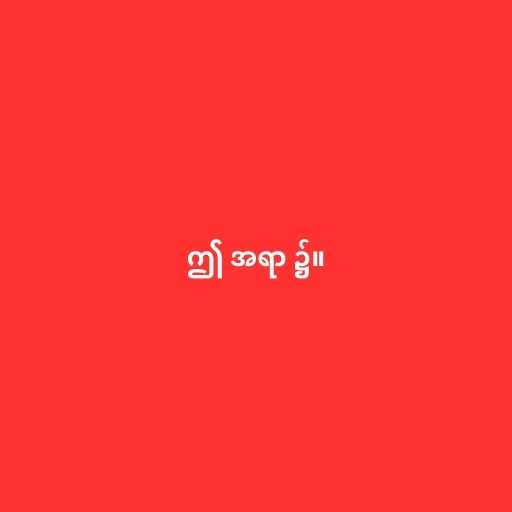
ဤ အရာ ၌။